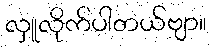
လှူလိုက်ပါတယ်ဗျာ။